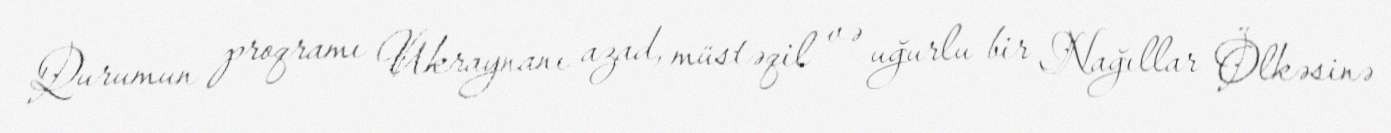
Qurumun proqramı Ukraynanı azad, müstəqil və uğurlu bir Nağıllar Ölkəsinə